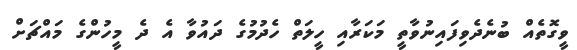
ވީގޮތެއް ބުނެދެވިފައިނުވާތީ މަކަރާއި ހީލަތް ހެދުމުގެ ދައުވާ އެ ދެ މީހުންގެ މައްޗަށް